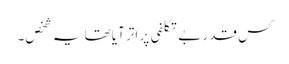
کس قدر بے تکلفی پر اتر آیا تھا یہ شخص۔